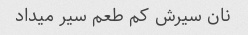
نان سیرش کم طعم سیر میداد